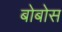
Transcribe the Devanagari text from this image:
बोबोस